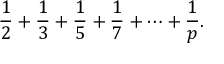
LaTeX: { \frac { 1 } { 2 } } + { \frac { 1 } { 3 } } + { \frac { 1 } { 5 } } + { \frac { 1 } { 7 } } + \cdots + { \frac { 1 } { p } } .